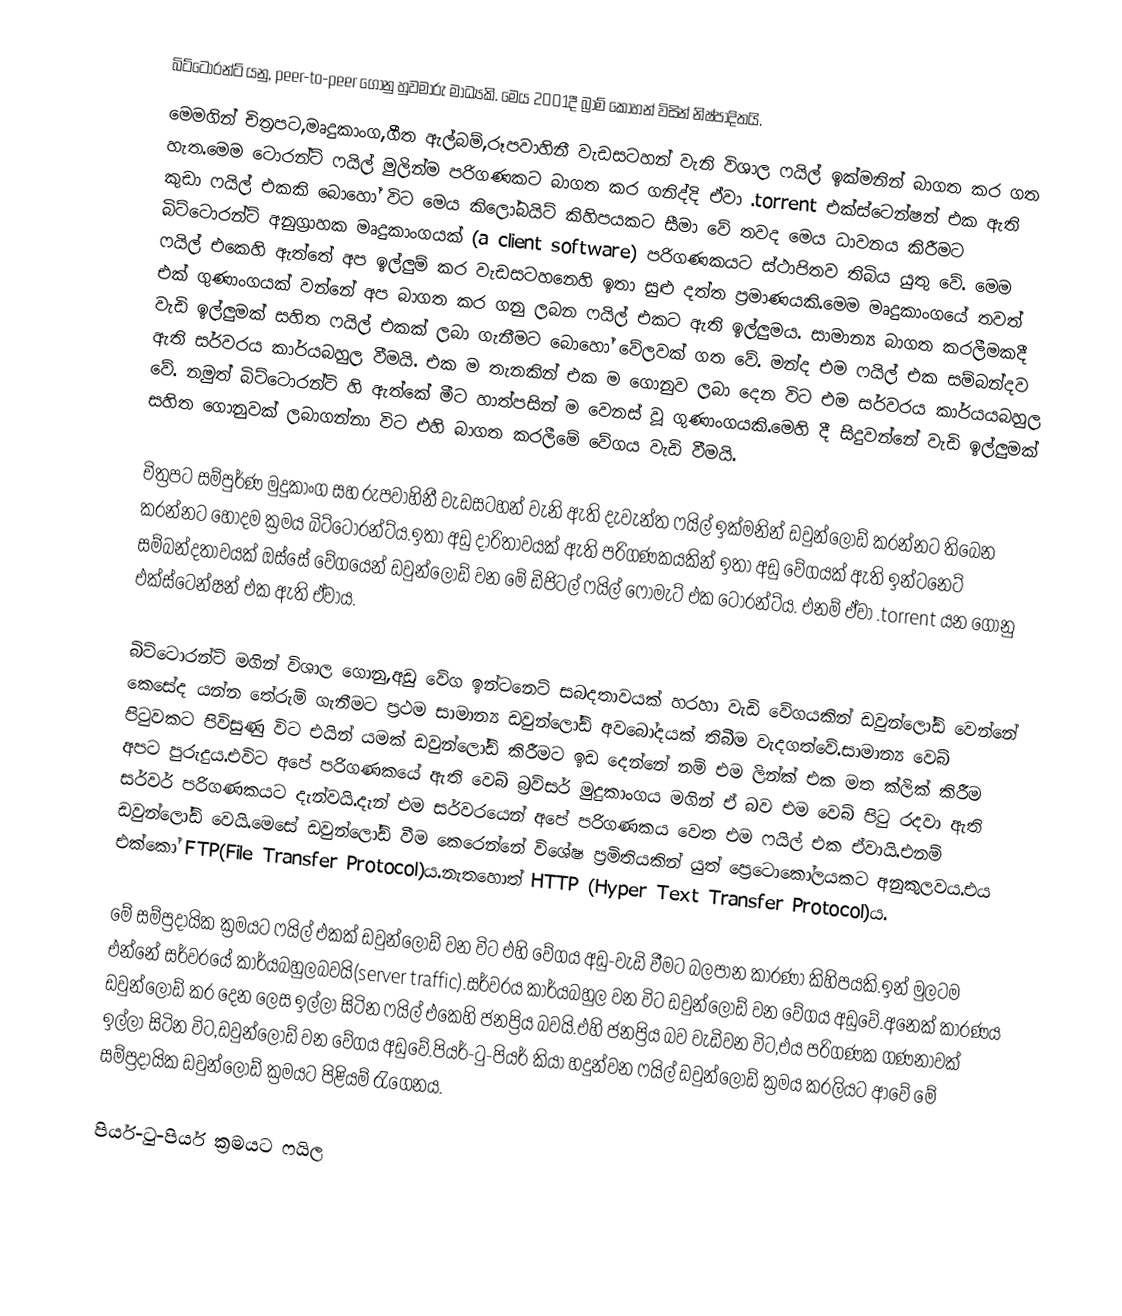
බිට්ටොරන්ට් යනු, peer-to-peer ගොනු හුවමාරු මාධ්‍යකි. මෙය 2001දී බ්‍රාම් කොහන් විසින් නිෂ්පාදිතයි.
මෙමගින් චිත්‍රපට,මෘදුකාංග,ගීත ඇල්බම්,රූපවාහිනී වැඩසටහන් වැනි විශාල ෆයිල් ඉක්මනින් බාගත කර ගත හැත.මෙම ටොරන්ට් ෆයිල් මුලින්ම පරිගණකට බාගත කර ගනිද්දි ඒවා .torrent එක්ස්ටෙන්ෂන් එක ඇති කුඩා ෆයිල් එකකි බොහෝ විට මෙය කිලෝබයිට් කිහිපයකට සීමා වේ තවද මෙය ධාවනය කිරීමට බිට්ටොරන්ට්  අනුග්‍රාහක මෘදුකාංගයක් (a client software) පරිගණකයට ස්ථාපිතව තිබිය යුතු වේ.  මෙම ෆයිල් එකෙහි ඇත්තේ අප ඉල්ලුම් කර වැඩසටහනෙහි ඉතා සුළු දත්ත ප්‍රමාණයකි.මෙම මෘදුකාංගයේ තවත් එක් ගුණාංගයක් වන්නේ අප බාගත කර ගනු ලබන ෆයිල් එකට ඇති ඉල්ලුමය. සාමාන්‍ය බාගත කරලීමකදී වැඩි ඉල්ලුමක් සහිත ෆයිල් එකක් ලබා ගැනීමට බොහෝ වේලවක් ගත වේ. මන්ද එම ෆයිල් එක සම්බන්දව ඇති සර්වරය කාර්යබහුල වීමයි. එක ම තැනකින් එක ම ගොනුව ලබා දෙන විට එම සර්වරය කාර්යයබහුල වේ. නමුත් බිට්ටොරන්ටි හි ඇත්කේ මීට හාත්පසින් ම වෙනස් වූ ගුණාංගයකි.‍මෙහි දී සිදුවන්නේ වැඩි ඉල්ලුමක් සහිත ගොනුවක් ලබාගන්නා විට එහි බාගත කරලීමේ වේගය වැඩි වීමයි.

චිත්‍රපට සම්පුර්ණ මුදුකාංග සහ රුපවාහිනී වැඩසටහන් වැනි ඇති දැවැන්ත ෆයිල් ඉක්මනින් ඩවුන්ලෝඩ් කරන්නට තිබෙන කරන්නට හොදම ක්‍රමය බිට්ටොරන්ට්ය.ඉතා අඩු දාරිතාවයක් ඇති පරිගණකයකින් ඉතා අඩු වේගයක් ඇති ඉන්ටනෙට් සම්බන්දතාවයක් ඔස්සේ වේගයෙන් ඩවුන්ලෝඩ් වන මේ ඩිජිටල් ෆයිල් ෆෝමැට් එක ටොරන්ට්ය. එනම් ඒවා .torrent යන ගොනු එක්ස්ටෙන්ෂන් එක ඇති ඒවාය.

බිට්ටොරන්ට් මගින් විශාල ගොනු,අඩු වේග ඉන්ටනෙට් සබදතාවයක් හරහා වැඩි වේගයකින් ඩවුන්ලෝඩ් වෙන්නේ කෙසේද යන්න තේරුම් ගැනීමට ප්‍රථම සාමාන්‍ය ඩවුන්ලෝඩ් අවබෝදයක් තිබීම වැදගත්වේ.සාමාන්‍ය වෙබ් පිටුවකට පිවිසුණු විට එයින් යමක් ඩවුන්ලෝඩ් කිරීමට ඉඩ දෙන්නේ නම් එම ලින්ක් එක මත ක්ලික් කිරීම අපට පුරුදුය.එවිට අපේ පරිගණකයේ ඇති වෙබ් බ්‍රව්සර් මුදුකාංගය මගින් ඒ බව එම වෙබ් පිටු රදවා ඇති සර්වර් පරිගණකයට දැන්වයි.දැන් එම සර්වරයෙන් අපේ  පරිගණකය වෙත එම ෆයිල් එක ඒවායි.එනම් ඩවුන්ලෝඩ් වෙයි.මෙසේ ඩවුන්ලෝඩ් වීම කෙරෙන්නේ විශේෂ ප්‍රමිතියකින් යුත් ප්‍රෙටොකෝලයකට අනුකුලවය.එය එක්කෝ FTP(File Transfer Protocol)ය.නැතහොත් HTTP (Hyper Text Transfer Protocol)ය.

මේ සම්ප්‍රදායික ක්‍රමයට ෆයිල් එකක් ඩවුන්ලෝඩ් වන විට එහි වේගය අඩු-වැඩි වීමට බලපාන කාරණා කිහිපයකි.ඉන් මුලටම එන්නේ සර්වරයේ කාර්යබහුලබවයි(server traffic).සර්වරය කාර්යබහුල වන විට ඩවුන්ලෝඩ් වන වේගය අඩුවේ.අනෙක් කාරණය ඩවුන්ලෝඩ් කර දෙන ලෙස ඉල්ලා සිටින ෆයිල් එකෙහි ජනප්‍රිය බවයි.එහි ජනප්‍රිය බව වැඩිවන විට,එය පරිගණක ගණනාවක් ඉල්ලා සිටින විට,ඩවුන්ලෝඩ් වන වේගය අඩුවේ.පියර්-ටු-පියර් කියා හදුන්වන ෆයිල් ඩවුන්ලෝඩ් ක්‍රමය කරලියට ආවේ මේ සම්ප්‍රදායික ඩවුන්ලෝඩ් ක්‍රමයට පිළියම් රැගෙනය.

පියර්-ටු-පියර් ක්‍රමයට ෆයිල